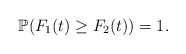
\begin{align*}\mathbb P(F_1(t)\geq F_2(t) )=1.\end{align*}